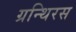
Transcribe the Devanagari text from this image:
ग्रन्थिरस